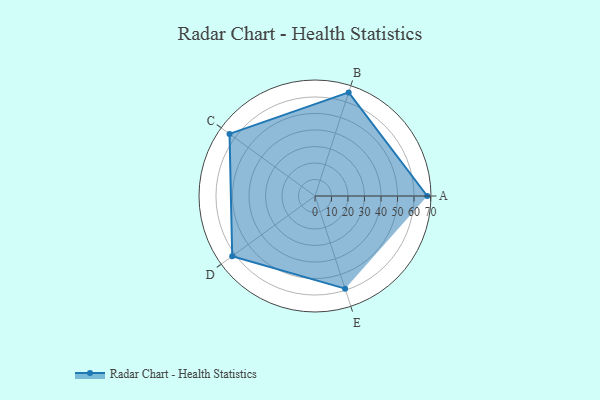
{"axis": {"x": "Skill", "y": "Score"}, "legend": ["Profile"], "data": [{"x": "A", "y": 68.0, "type": "Profile"}, {"x": "B", "y": 66.0, "type": "Profile"}, {"x": "C", "y": 64.0, "type": "Profile"}, {"x": "D", "y": 62.0, "type": "Profile"}, {"x": "E", "y": 59.0, "type": "Profile"}]}